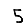
Digit: 5